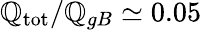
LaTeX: \mathbb{Q}_{\mathrm{{tot}}}/\mathbb{Q}_{gB}\simeq0.05